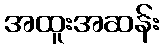
အထူးအဆန်း